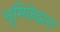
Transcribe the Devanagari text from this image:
भूमिकेद्वारा